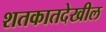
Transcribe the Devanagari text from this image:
शतकातदेखील